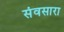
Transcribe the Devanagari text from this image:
संवसारा